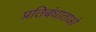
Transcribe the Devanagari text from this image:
प्रतिबंधाताओ